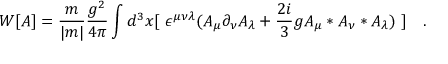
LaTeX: W [ A ] = \frac { m } { | m | } \frac { g ^ { 2 } } { 4 \pi } \int d ^ { 3 } x [ ~ \epsilon ^ { \mu \nu \lambda } ( A _ { \mu } \partial _ { \nu } A _ { \lambda } + \frac { 2 i } { 3 } g A _ { \mu } * A _ { \nu } * A _ { \lambda } ) ~ ] ~ ~ ~ . \,